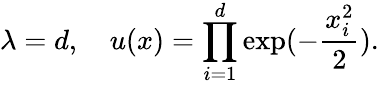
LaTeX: \lambda=d,\quad u(x)=\prod_{i=1}^{d}\exp(-\frac{x_{i}^{2}}{2}).